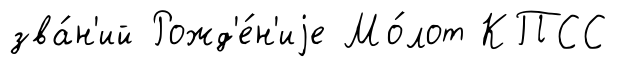
зва́н'ий Рожд'е́н'иjе Мо́лот КПСС